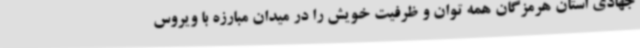
جهادی استان هرمزگان همه توان و ظرفیت خویش را در میدان مبارزه با ویروس